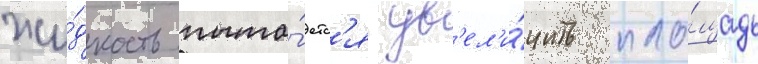
жи́дкость пыта́етс'я ув'ел'и́чить пло́щадь